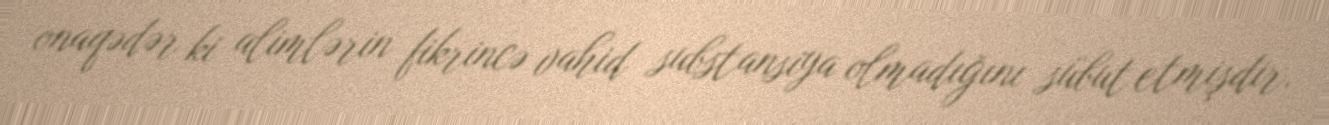
onaqədər ki alimlərin fikrincə vahid substansiya olmadığını sübut etmişdir.